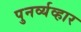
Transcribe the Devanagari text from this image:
पुनर्व्यव्हार